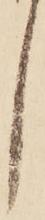
し